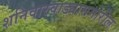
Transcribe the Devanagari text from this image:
शनिवारवाड्यासमोरील